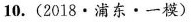
10.（2018·浦东·一模）